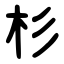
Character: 杉